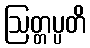
ဩတ္တပ္ပတိ